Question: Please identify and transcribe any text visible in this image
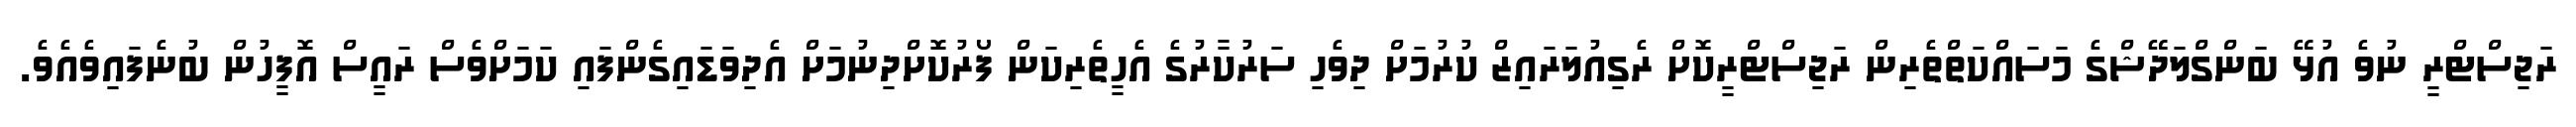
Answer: ރަޖިސްޓްރީ ނުވެ އުޅޭ ބަންގްލަދޭޝްގެ މަސައްކަތްތެރިން ރަޖިސްޓްރީކޮށް ރެގިއުލަރައިޒް ކުރުމަށް ދިވެހި ސަރުކާރުގެ އެހީތެރިކަން ފޯރުކޮށްދިނުމަށް އެދިވަޑައިގެންފައި ކަމަށްވެސް ރައީސް އޮފީހުން ބުނެފައިވެއެވެ.